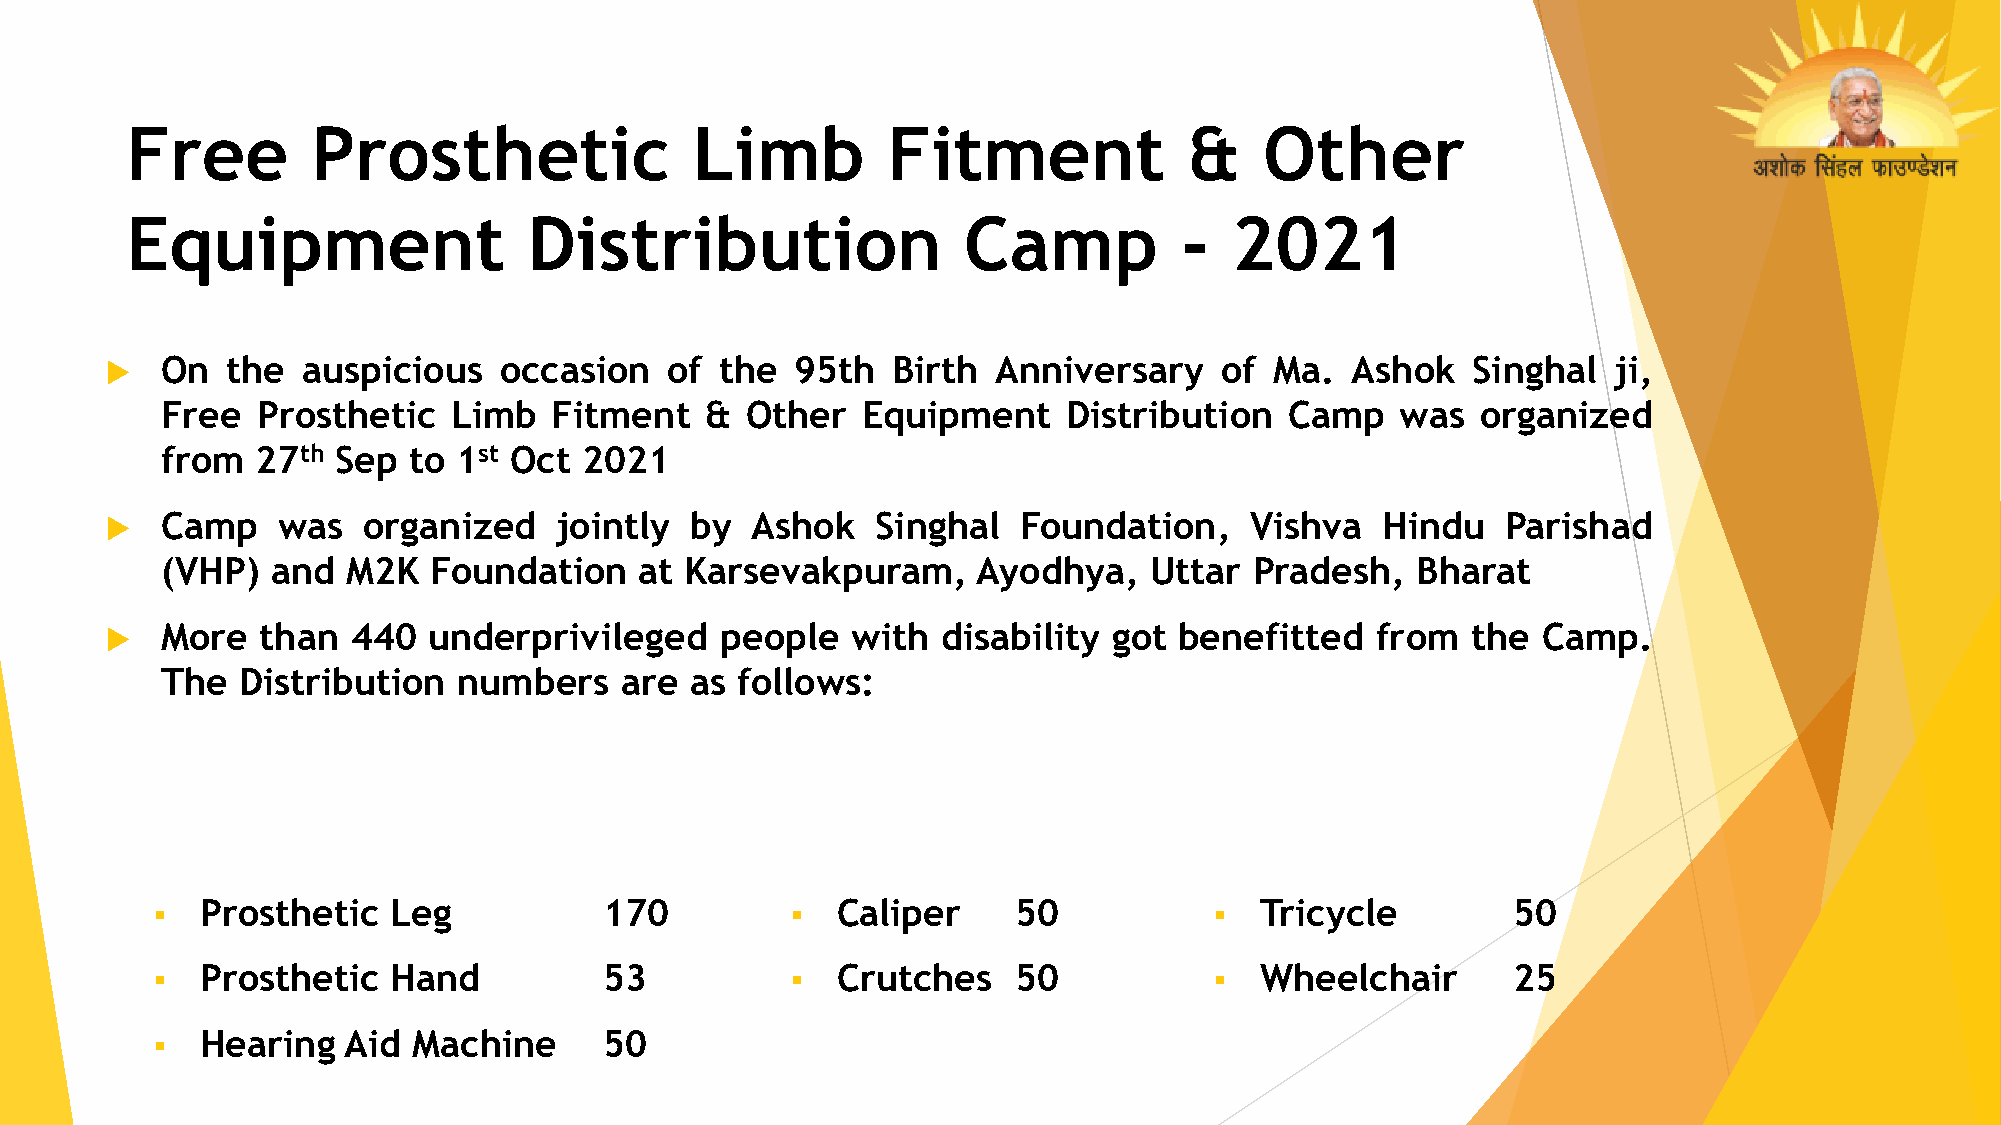
Free         Prosthetic               Limb         Fitment             &    Other
 Equipment                  Distribution                 Camp          -  2021
    On  the  auspicious   occasion   of  the  95th  Birth  Anniversary    of Ma.  Ashok   Singhal   ji,
 Free  Prosthetic   Limb  Fitment    & Other   Equipment     Distribution  Camp    was  organized
 from  27th Sep  to 1st Oct 2021
    Camp   was   organized    jointly  by  Ashok   Singhal  Foundation,     Vishva  Hindu    Parishad
 (VHP)  and  M2K  Foundation    at Karsevakpuram,      Ayodhya,   Uttar  Pradesh,   Bharat
    More  than  440  underprivileged     people  with  disability  got benefitted   from  the  Camp.
 The  Distribution  numbers    are  as follows:
   Prosthetic   Leg           170           Caliper     50             Tricycle         50
   Prosthetic   Hand          53            Crutches    50             Wheelchair       25
   Hearing   Aid Machine      50